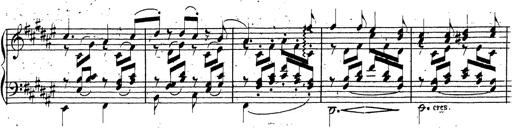
Title: Canzone Napolitana
Composer: Franz Liszt